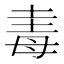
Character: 𣫴